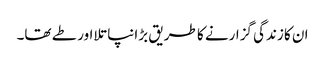
ان کا زندگی گزارنے کا طریق بڑا نپاتلا اور طے تھا۔